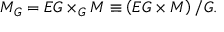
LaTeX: M _ { G } = E G \times _ { G } M \equiv \left( E G \times M \right) / G .